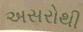
અસરોથી